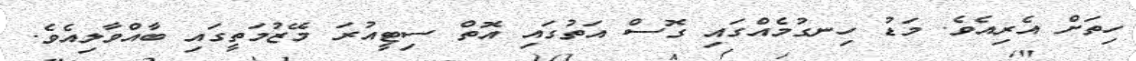
ހިތަށް އެރިއެވެ. މަޑު ހިނގުމެއްގައި ގޮސް އަތުގައި އޮތް ސިޓީއުރަ މޭޒުމަތީގައި ބާއްވާލިއެވެ.